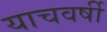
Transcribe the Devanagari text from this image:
याचवर्षी